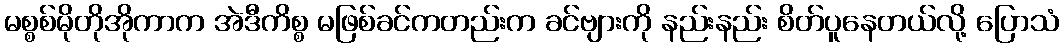
မစ္စစ်မိုတိုအိုကာက အဲဒီကိစ္စ မဖြစ်ခင်ကတည်းက ခင်ဗျားကို နည်းနည်း စိတ်ပူနေတယ်လို့ ပြောသံ